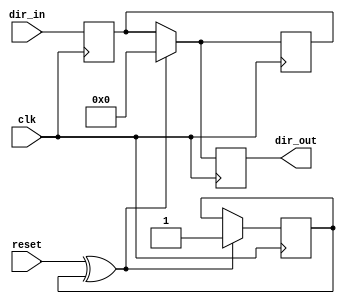
`timescale 1ns / 1ps

module PC_register(
	input clk,
	input reset,
	input [31:0] dir_in,
	output reg [31:0] dir_out
);
	 
reg [31:0] PC;


reg executing = 0;
wire start = reset ^ executing;
	 
always @(posedge clk) begin 
	if(start) begin
		PC = 0;
		executing = 1;
	end
	dir_out = PC;
end

always @(negedge clk) begin 
	PC = dir_in;
end


endmodule